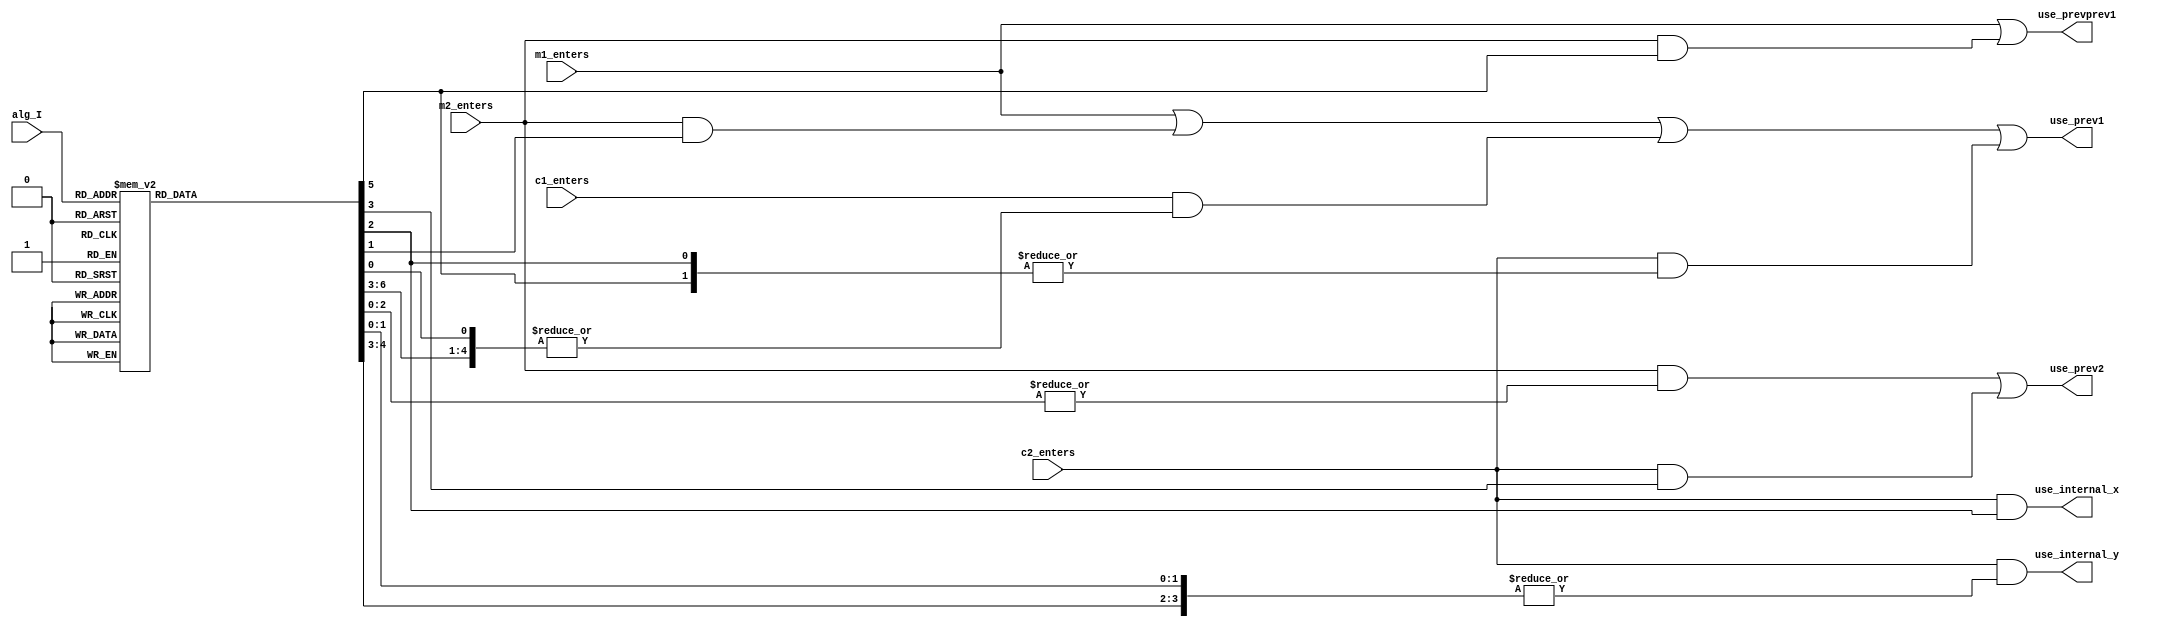
/*
  
   Multicore 2 / Multicore 2+
  
   Copyright (c) 2017-2020 - Victor Trucco

  
   All rights reserved
  
   Redistribution and use in source and synthezised forms, with or without
   modification, are permitted provided that the following conditions are met:
  
   Redistributions of source code must retain the above copyright notice,
   this list of conditions and the following disclaimer.
  
   Redistributions in synthesized form must reproduce the above copyright
   notice, this list of conditions and the following disclaimer in the
   documentation and/or other materials provided with the distribution.
  
   Neither the name of the author nor the names of other contributors may
   be used to endorse or promote products derived from this software without
   specific prior written permission.
  
   THIS CODE IS PROVIDED BY THE COPYRIGHT HOLDERS AND CONTRIBUTORS "AS IS"
   AND ANY EXPRESS OR IMPLIED WARRANTIES, INCLUDING, BUT NOT LIMITED TO,
   THE IMPLIED WARRANTIES OF MERCHANTABILITY AND FITNESS FOR A PARTICULAR
   PURPOSE ARE DISCLAIMED. IN NO EVENT SHALL THE AUTHOR OR CONTRIBUTORS BE
   LIABLE FOR ANY DIRECT, INDIRECT, INCIDENTAL, SPECIAL, EXEMPLARY, OR
   CONSEQUENTIAL DAMAGES (INCLUDING, BUT NOT LIMITED TO, PROCUREMENT OF
   SUBSTITUTE GOODS OR SERVICES; LOSS OF USE, DATA, OR PROFITS; OR BUSINESS
   INTERRUPTION) HOWEVER CAUSED AND ON ANY THEORY OF LIABILITY, WHETHER IN
   CONTRACT, STRICT LIABILITY, OR TORT (INCLUDING NEGLIGENCE OR OTHERWISE)
   ARISING IN ANY WAY OUT OF THE USE OF THIS SOFTWARE, EVEN IF ADVISED OF THE
   POSSIBILITY OF SUCH DAMAGE.
  
   You are responsible for any legal issues arising from your use of this code.
  
*/`timescale 1ns / 1ps


/* This file is part of JT51.

 
    JT51 program is free software: you can redistribute it and/or modify
    it under the terms of the GNU General Public License as published by
    the Free Software Foundation, either version 3 of the License, or
    (at your option) any later version.

    JT51 program is distributed in the hope that it will be useful,
    but WITHOUT ANY WARRANTY; without even the implied warranty of
    MERCHANTABILITY or FITNESS FOR A PARTICULAR PURPOSE.  See the
    GNU General Public License for more details.

    You should have received a copy of the GNU General Public License
    along with JT51.  If not, see <http://www.gnu.org/licenses/>.

    Author: Jose Tejada Gomez. Twitter: @topapate
    Version: 1.0
    Date: 14-4-2017 

*/

module jt51_mod(
    input       m1_enters,
    input       m2_enters,
    input       c1_enters,
    input       c2_enters,
    
    input [2:0] alg_I,
    
    output reg  use_prevprev1,
    output reg  use_internal_x,
    output reg  use_internal_y,    
    output reg  use_prev2,
    output reg  use_prev1       
);

reg [7:0] alg_hot;

always @(*) begin
    case( alg_I )
        3'd0: alg_hot = 8'h1;  // D0
        3'd1: alg_hot = 8'h2;  // D1
        3'd2: alg_hot = 8'h4;  // D2
        3'd3: alg_hot = 8'h8;  // D3
        3'd4: alg_hot = 8'h10; // D4
        3'd5: alg_hot = 8'h20; // D5
        3'd6: alg_hot = 8'h40; // D6
        3'd7: alg_hot = 8'h80; // D7
        default: alg_hot = 8'hx;
    endcase
end

always @(*) begin
    use_prevprev1   = m1_enters | (m2_enters&alg_hot[5]);
    use_prev2       = (m2_enters&(|alg_hot[2:0])) | (c2_enters&alg_hot[3]);
    use_internal_x  = c2_enters & alg_hot[2];
    use_internal_y  = c2_enters & (|{alg_hot[4:3],alg_hot[1:0]});
    use_prev1       = m1_enters | (m2_enters&alg_hot[1]) |
        (c1_enters&(|{alg_hot[6:3],alg_hot[0]}) )|
        (c2_enters&(|{alg_hot[5],alg_hot[2]}));
end

endmodule